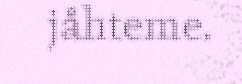
jåhteme.